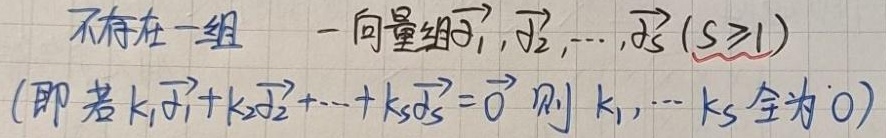
不存在一组向量组$\vec{\alpha}_1,\vec{\alpha}_2,\cdots,\vec{\alpha}_s(s\geq1)$（即若$k_1\vec{\alpha}_1 + k_2\vec{\alpha}_2+\cdots + k_s\vec{\alpha}_s=\vec{0}$，则$k_1,\cdots,k_s$全为$0$）